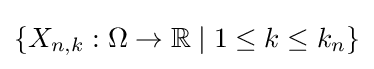
\{X_{n,k}:\Omega \to \mathbb {R} \mid 1\leq k\leq k_{n}\}